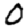
Digit: 0